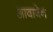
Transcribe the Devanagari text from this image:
आवाबेन